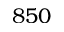
8 5 0